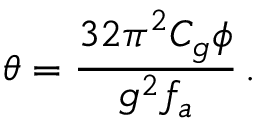
\theta = \frac { 3 2 \pi ^ { 2 } C _ { g } \phi } { g ^ { 2 } f _ { a } } \, .